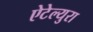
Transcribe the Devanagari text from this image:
ऐटेल्युरा